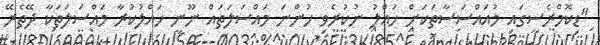
"ޑިކޮމްރެސީގައި މުއައްސަސާތަކަށް ހައްލު ނުކުރެވި ހުންނަ މައްސަލަތައް ނޫނީ ހައްލުކުރާ މައްސަލަތަކާ ދޭތެރޭ